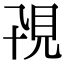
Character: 𧠍